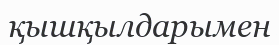
қышқылдарымен